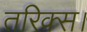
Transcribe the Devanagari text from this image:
तरिक्स।